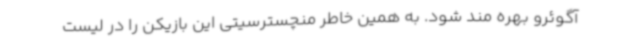
آگوئرو بهره مند شود. به همین خاطر منچسترسیتی این بازیکن را در لیست